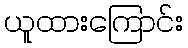
ယူထားကြောင်း